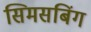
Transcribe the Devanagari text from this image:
सिमसबिंग